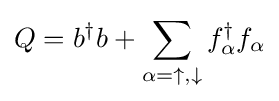
Q=b^{\dagger }b+\sum _{\alpha =\uparrow ,\downarrow }f_{\alpha }^{\dagger }f_{\alpha }